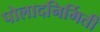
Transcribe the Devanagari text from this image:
पोलादनिर्मिती